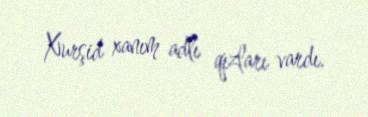
Xurşid xanım adlı qızları vardı.